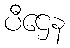
ပီဌေန